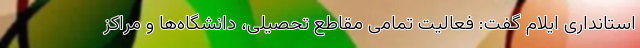
استانداری ایلام گفت: فعالیت تمامی مقاطع تحصیلی، دانشگاه‌ها و مراکز